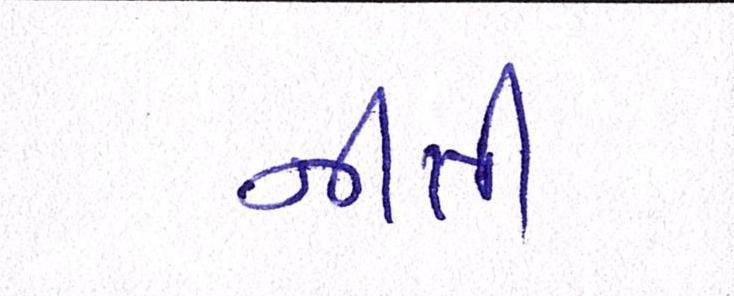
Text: નીતી